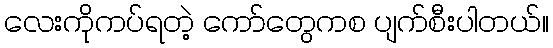
လေးကိုကပ်ရတဲ့ ကော်တွေကစ ပျက်စီးပါတယ်။